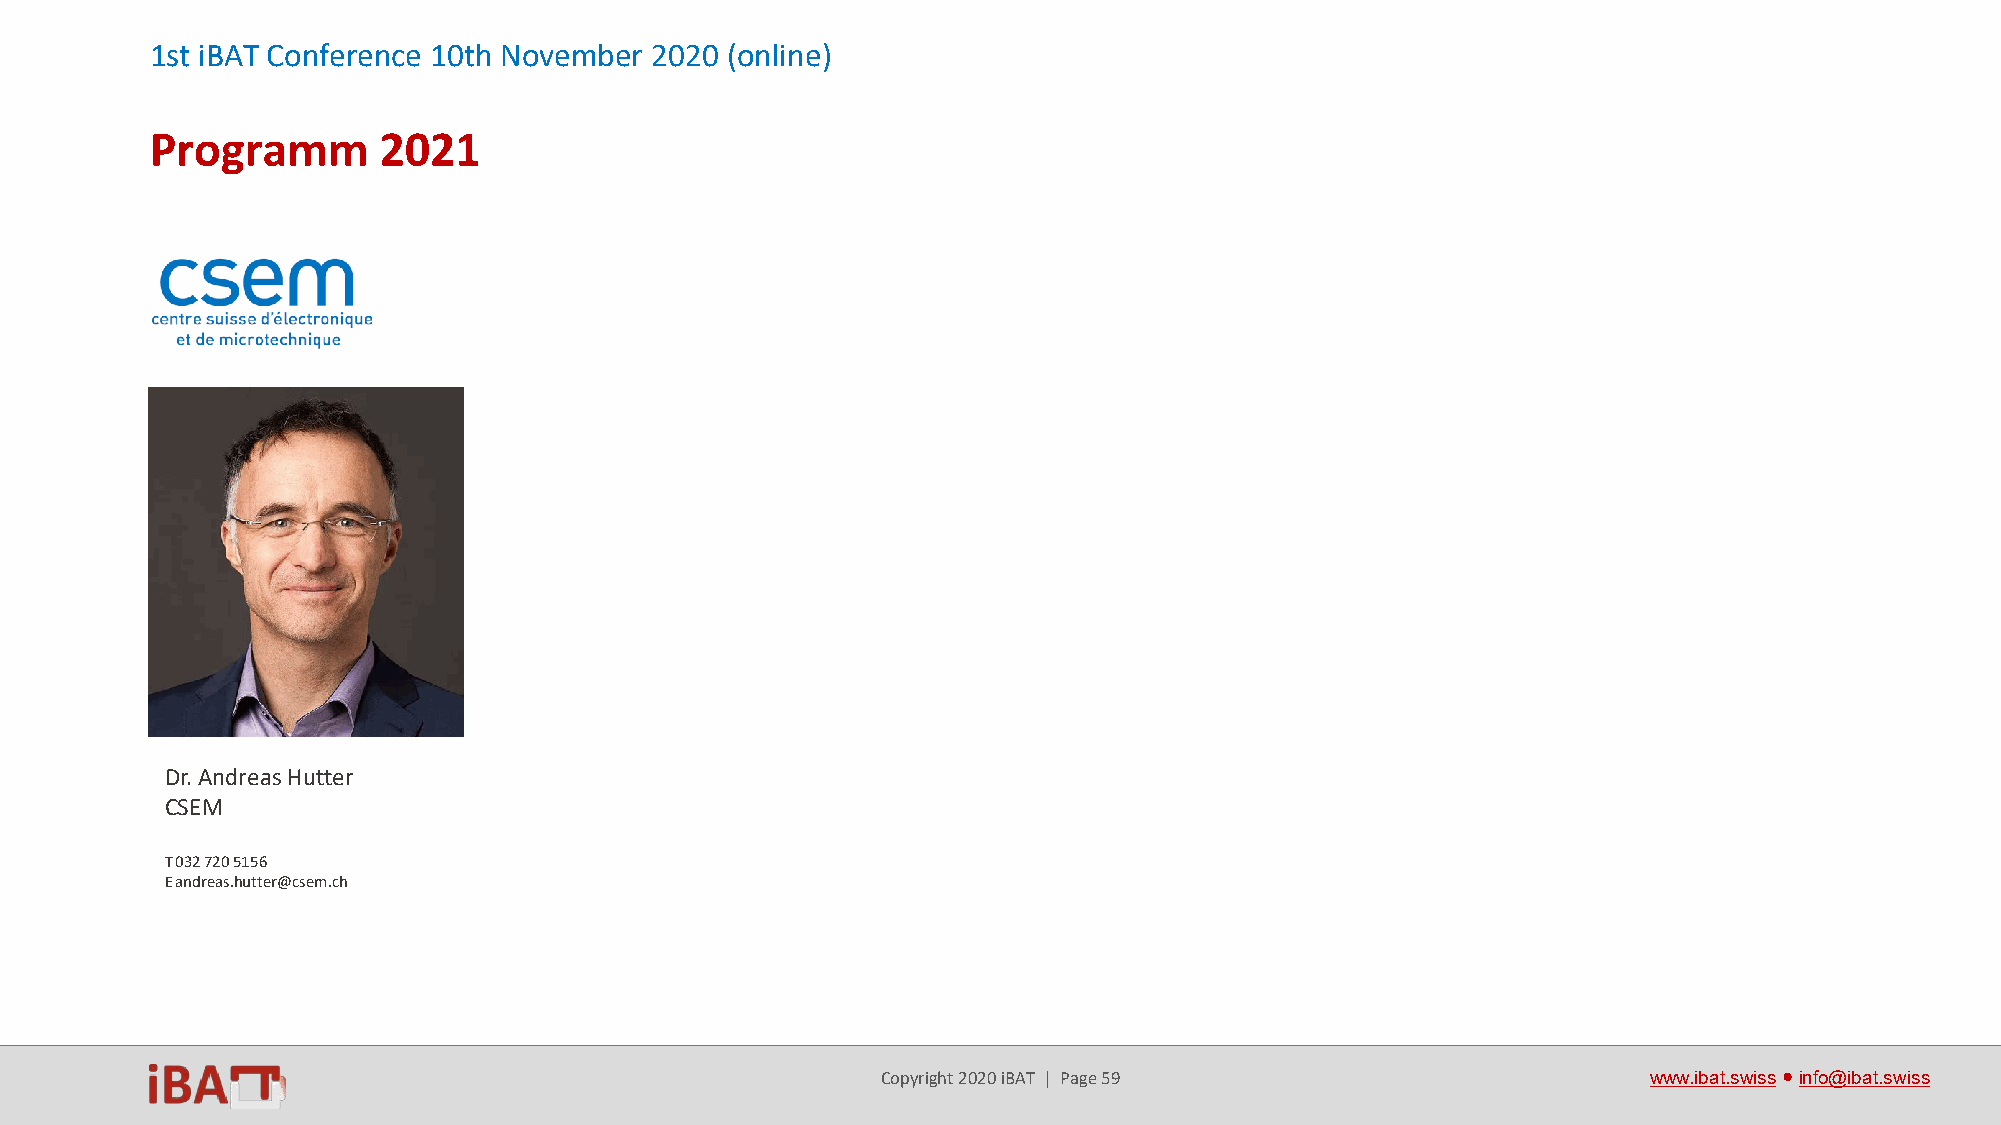
1st iBAT Conference 10th November 2020 (online)
 Programm       2021
 Dr.Andreas Hutter
 CSEM
 T 032 720 5156
 E andreas.hutter@csem.ch
 Copyright 2020 iBAT | Page 59                      www.ibat.swiss●info@ibat.swiss